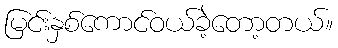
မြင်းနှစ်ကောင်ဝယ်ခဲ့တော့တယ်။